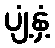
ပျံ့နှံ့